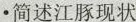
•简述江豚现状